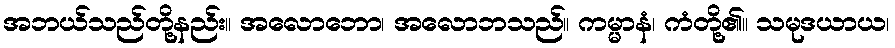
အဘယ်သည်တို့နည်း။ အလောဘော၊ အလောဘသည်။ ကမ္မာနံ၊ ကံတို့၏။ သမုဒယာယ၊